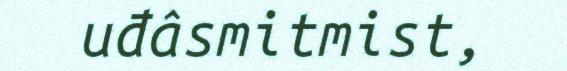
uđâsmitmist,